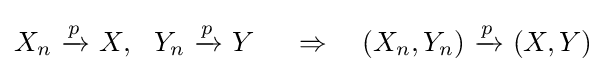
X_{n}\ {\xrightarrow {\overset {}{p}}}\ X,\ \ Y_{n}\ {\xrightarrow {\overset {}{p}}}\ Y\ \quad \Rightarrow \quad (X_{n},Y_{n})\ {\xrightarrow {\overset {}{p}}}\ (X,Y)